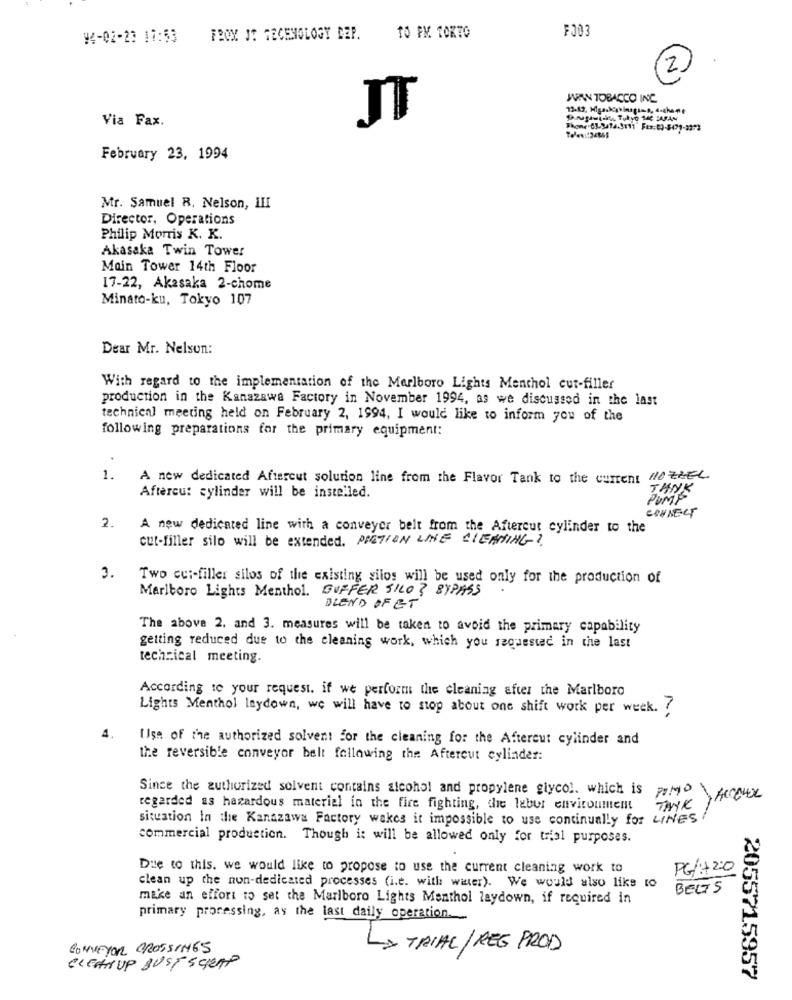
F003
94-02-23 17:53
TROY JE FECENOLOGY DEP.
TO PM TORTO
2
JUAN TOBACCO INC
Via Fax.
February 23, 1994
Mr. Samuel R, Nelson, III
Director, Operations
Philip Morris K. K.
Akasaka Twin Tower
Main Tower 14th Floor
17-22, Akasaka 2-chome
Minato-ku, Tokyo 107
Dear Mr. Nelson:
With regard to the implementation of the Marlboro Lights Menthol cut-filler
production in the Kanazawa Factory in November 1994, as we discussed in the last
technical meeting held on February 2, 1994, I would like to inform you of the
following preparations for the primary equipment:
1.
A new dedicated Aftercut solution line from the Flavor Tank to the current HOZZEL
TANK
Aftercu: cylinder will be installed.
PUMP
CONNECT
2.
A new dedicated line with a conveyer belt from the Aftercut cylinder to the
cut-filler silo will be extended. PRETION LINE CLEANING?
3.
Two cu :- filler silos of the existing silos will be used only for the production of
Marlboro Lights Menthol. BUFFER SILO ? BYPASS
BLEND OF ET
The above 2. and 3. measures will be taken to avoid the primary capability
getting reduced due to the cleaning work, which you requested in the last
technical meeting.
According to your request. if we perform the cleaning after the Marlboro
Lights Menthol Inydown, we will have to stop about one shift work per week. ?
Use of the authorized solvent for the cleaning for the Aftercut cylinder and
the reversible conveyor belt following the Aftercut cylinder:
Since the authorized solvent contains alcohol and propylene glycol. which is
ACCELER
regarded as hazardous material in the fire fighting, the labur environment
TAYK
situation In the Kanazawa Factory wakes it impossible to use continually for LINES
commercial production. Though it will be allowed only for trial purposes.
Due to this. we would like to propose to use the current cleaning work to
PG/:+2:0
clean up the non-dedicated processes (i.e. with water). We would also like to
BEGS
make an effort to set the Marlboro Lights Menthol laydown, if required in
primary processing, as the last daily operation.
CONVEYOR CROSSINGS
LA TRIAL/REG PROD
CLEANUP BUST SCRAP
2055715957